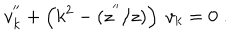
LaTeX: v _ { k } ^ { ' ^ { \prime } } + \left( k ^ { 2 } - ( z ^ { ' ^ { \prime } } / z ) \right) ~ v _ { k } = 0 \; .